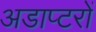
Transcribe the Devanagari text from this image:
अडाप्टरों